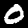
Digit: 0